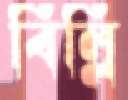
বিল্লি